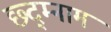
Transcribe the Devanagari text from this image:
छ्द्म्नाम